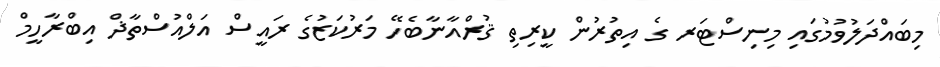
މިބައްދަލުވުމުގައި މިނިސްޓަރ ގެ އިތުރުން ކީރިތި ޤުރްއާނާބެހޭ މަރުކަޒުގެ ރައީސް އަލްއުސްތާޛް އިބްރާހީމް